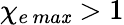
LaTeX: \chi_{e\, ma\mathit{x}}>1